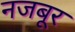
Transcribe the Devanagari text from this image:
नजबूर